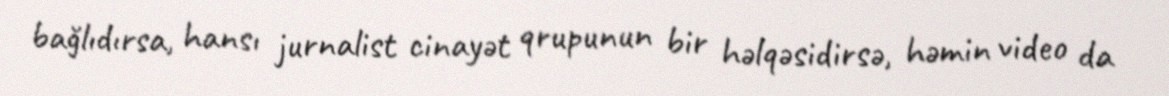
bağlıdırsa, hansı jurnalist cinayət qrupunun bir həlqəsidirsə, həmin video da